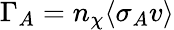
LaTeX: \Gamma_{A}=n_{\chi}\langle\sigma_{A}v\rangle